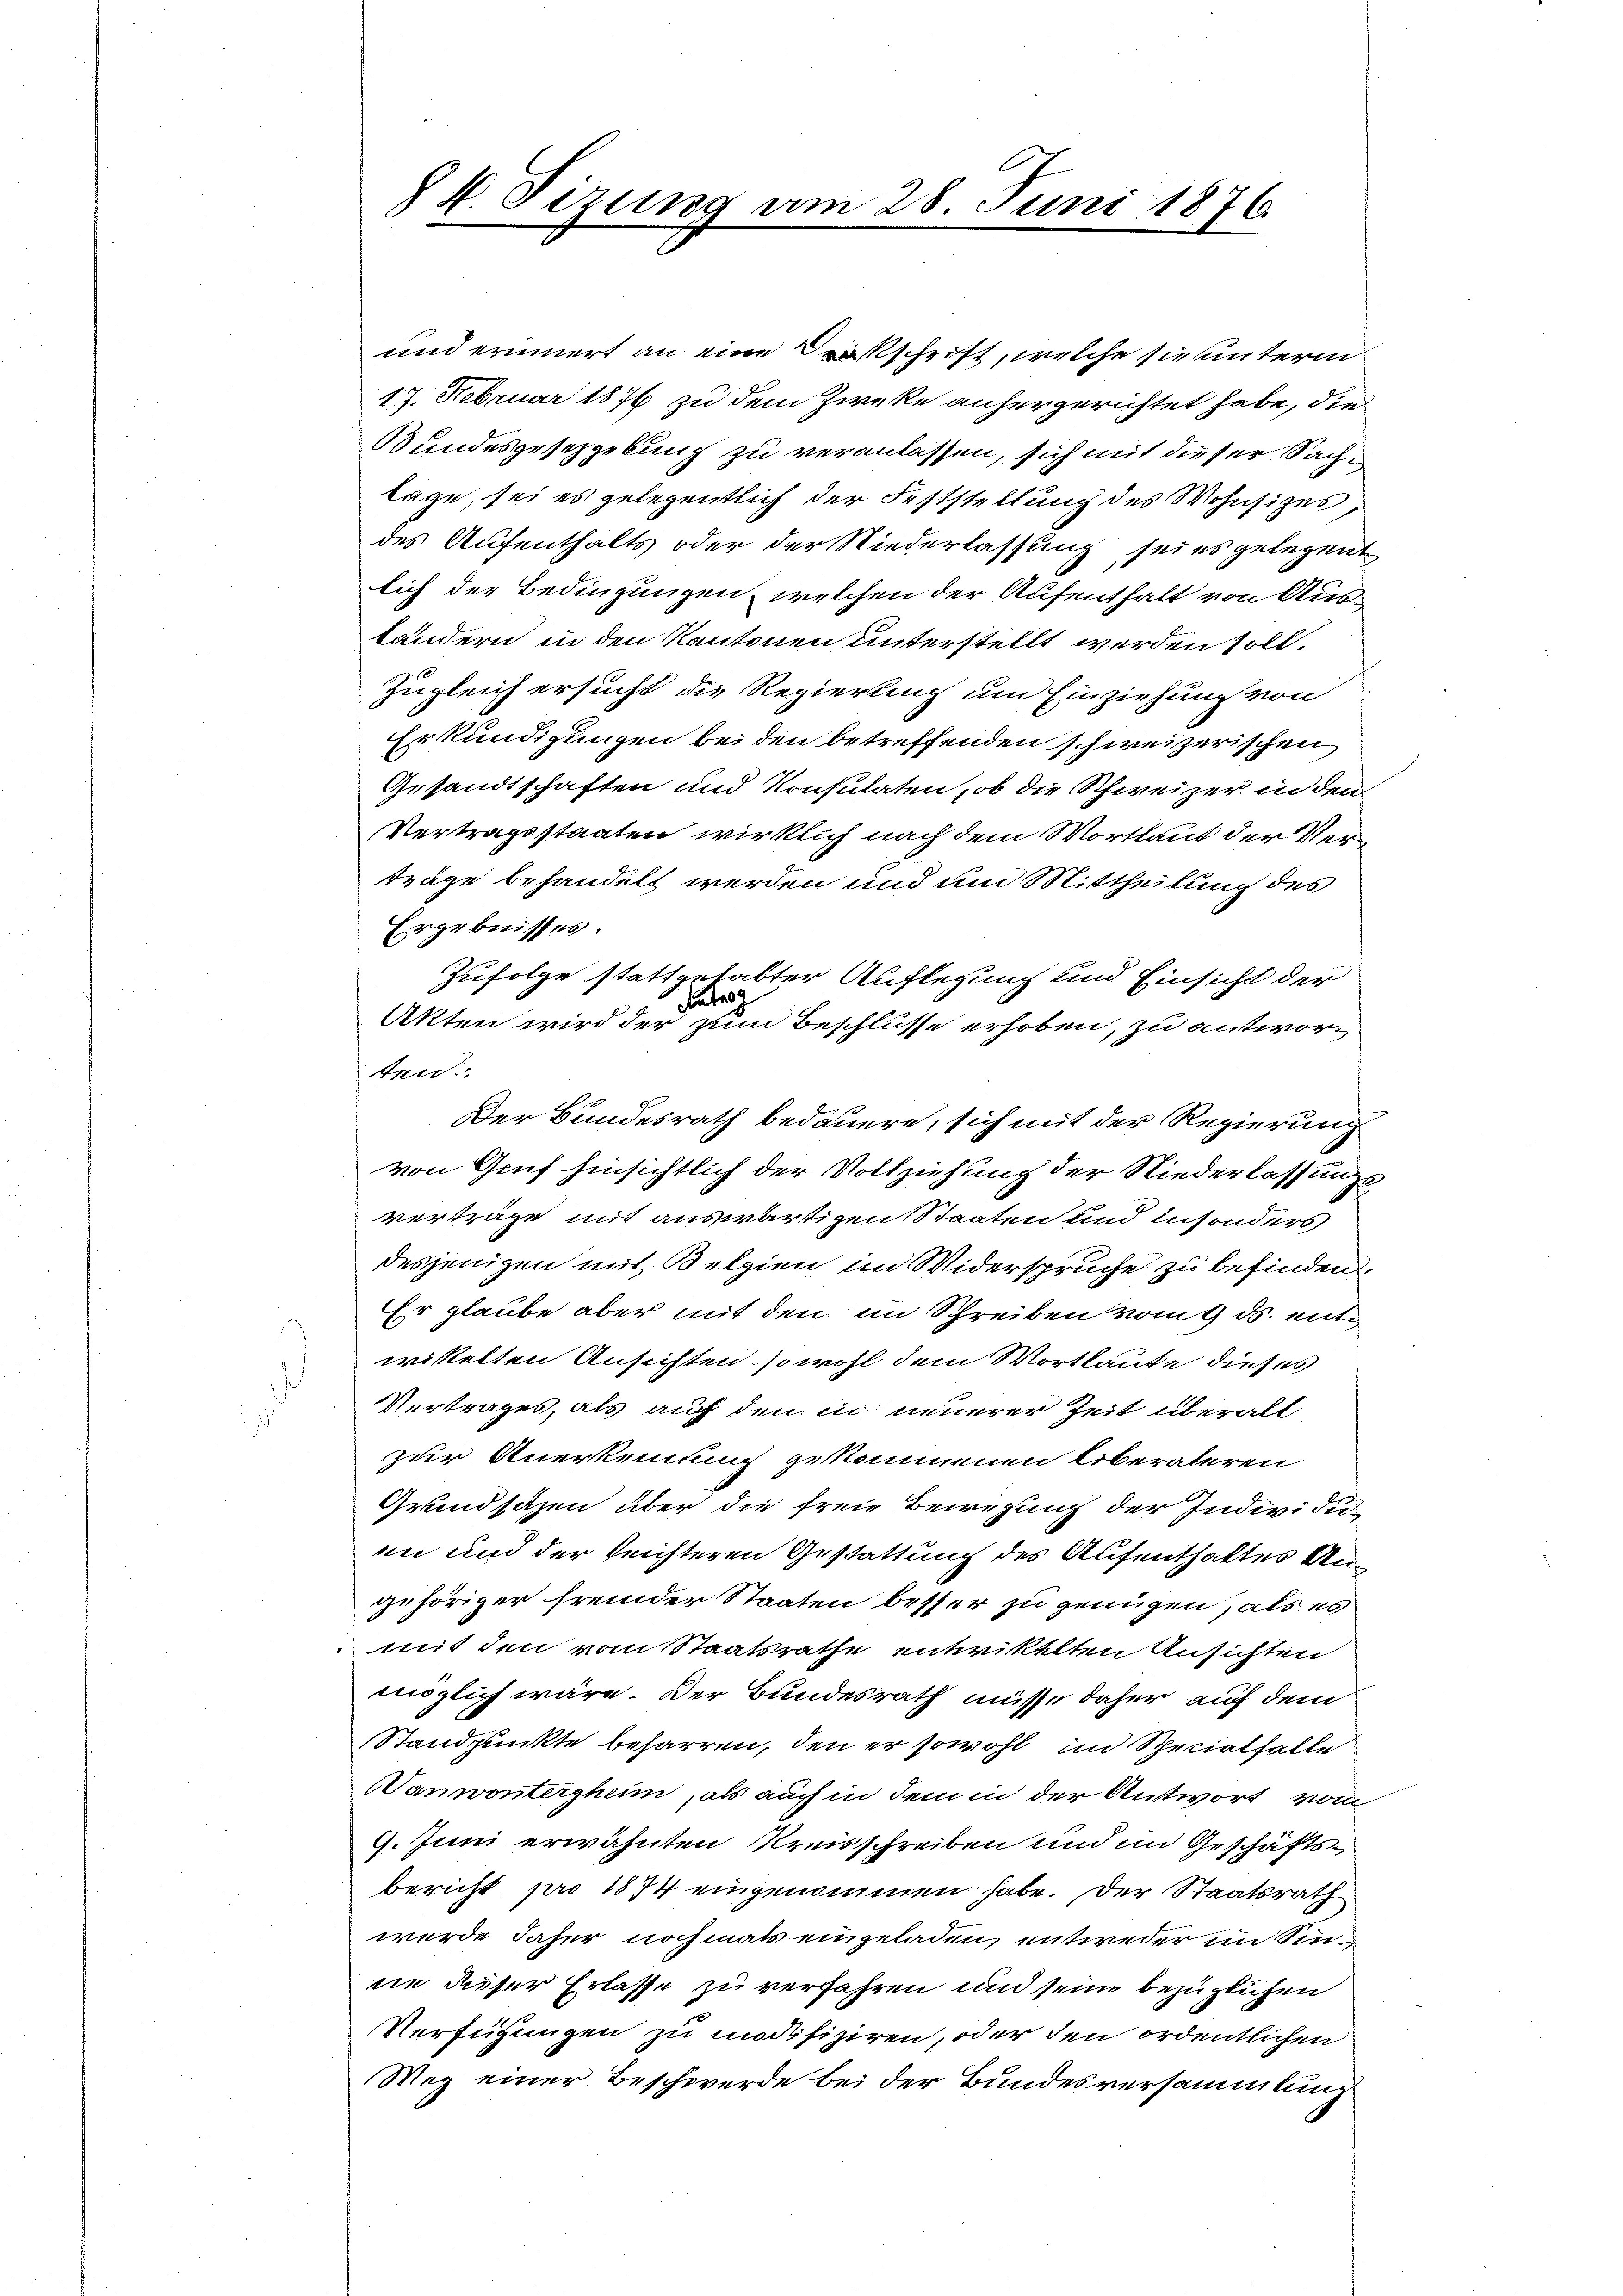
und erinnert an eine schrift, welche sie unterm
17. Februar 1876 zu dem Zweke anhergerichtet habe, die
Bundesgesetzgebung zu veranlassen, sich mit dieser Sache
lage, sei es gelegentlich der Feststellung des Wohnsitzes,
des Aufenthalts oder der Niederlassung seies gelegent
lich der Bedingungen, welchen der Aufenthalt von Ausländern in den Kantonen unterstellt werden soll.
Zugleich ersucht die Regierung um Einziehung von
Erkundigungen beiden betreffenden schweizerischen
Gesandtschaften und Konsulaten, ob die Schweizer in den
Vertragsstaaten wirklich nach dem Wortlaut der Verträge behandelt werden und um Mittheilung des
Ergebnisses.
Zufolge stattgehabter Auflegung und Einsicht der
Faden
Akten wird der zum Beschlusse erhoben, zu antworten.
Der Bundesrath bedauern, sich mit der Regierung
von Gruf hinsichtlich der Vollziehung der Niederlassungsverträge mit auswärtigen Staaten und insonders
desjenigen mit Belgien im Widerspruche zu befinden.
Er glaube aber mit den im Schreiben vom 9. ds. enteristelten Ansichten so wohl dem Wortlaute dieses
Vertrages, als auf den in neuerer Zeit überall
zur Anerkennung gekommenen liberateren
Grundsazen über die freie Bewegung der Individu
in und der leichteren Gestattung des Aufenthaltes Angehöriger fremder Staaten besser zu genügen, als es
mit den vom Staatsrathe entwickelten Ansichten
möglich wäre. Der Bundesrath müsse daher auf dem
Standpunkte beharren, den er sowohl im Specialfalle
WVanwontergheim, als auch in dem in der Antwort vom
9. Juni erwähnten Kreisschreiben und im Geschäftsbericht pro 1874 eingenommen habe. Der Staatsrath
werde daher nochmals eingeladen, entweder im Sinne dieser Erlasse zu verfahren und seine bezüglichen
Verfügungen zu modifiziren, oder den ordentlichen
Weg einer Beschwerde bei der Bundesversammlung

§ 4. Sizung am 28. Juni 1876